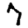
Digit: 7